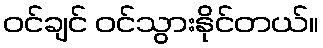
ဝင်ချင် ဝင်သွားနိုင်တယ်။